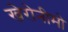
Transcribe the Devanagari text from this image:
खेरोनीमो